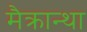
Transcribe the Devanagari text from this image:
मैक्रान्था